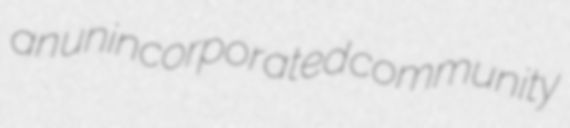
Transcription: an unincorporated community